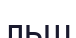
льш